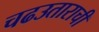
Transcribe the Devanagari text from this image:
चढउताराची